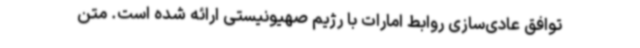
توافق عادی‌سازی روابط امارات با رژیم صهیونیستی ارائه شده است. متن